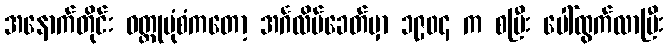
အနောက်တိုင်း ဝတ္ထုပုံစံကတော့ အင်္ဂလိပ်ခေတ်မှာ ၁၉၀၄ က စပြီး ပေါ်ထွက်လာပြီး